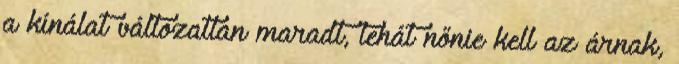
a kínálat változatlan maradt, tehát nőnie kell az árnak,